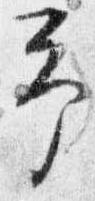
予